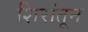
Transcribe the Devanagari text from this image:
शिरांतून